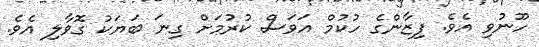
ހޫނުވި އެވެ. ފިޒާންގެ ހުކުމް އަވަސް ކުރުމަށް ގިނަ ބަޔަކު ގޮވާލި އެވެ.